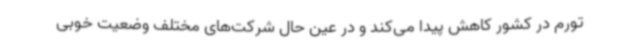
تورم در کشور کاهش پیدا می‌کند و در عین حال شرکت‌های مختلف وضعیت خوبی